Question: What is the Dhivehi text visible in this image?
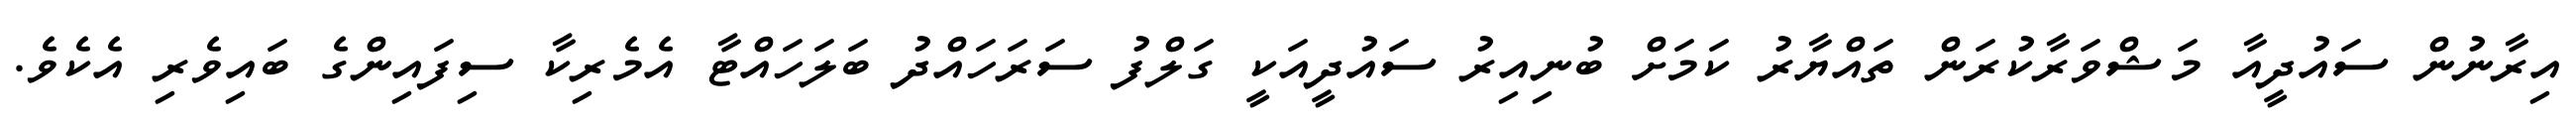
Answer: އިރާނުން ސައުދީއާ މަޝްވަރާކުރަން ތައްޔާރު ކަމަށް ބުނިއިރު ސައުދީއަކީ ގަލްފު ސަރަހައްދު ބަލަހައްޓާ އެމެރިކާ ސިފައިންގެ ބައިވެރި އެކެވެ.